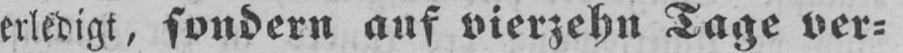
erledigt, sondern auf vierzehn Tage ver⸗